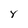
Character: 8